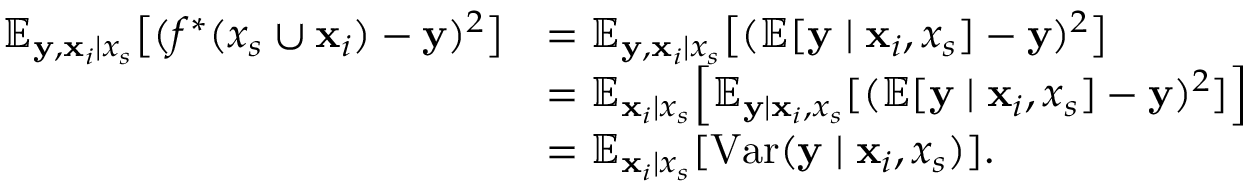
\begin{array} { r l } { \mathbb { E } _ { { \mathbf { y } } , { \mathbf { x } } _ { i } \mid x _ { s } } \big [ ( f ^ { * } ( x _ { s } \cup { \mathbf { x } } _ { i } ) - { \mathbf { y } } ) ^ { 2 } \big ] } & { = \mathbb { E } _ { { \mathbf { y } } , { \mathbf { x } } _ { i } \mid x _ { s } } \big [ ( \mathbb { E } [ { \mathbf { y } } \mid { \mathbf { x } } _ { i } , x _ { s } ] - { \mathbf { y } } ) ^ { 2 } \big ] } \\ & { = \mathbb { E } _ { { \mathbf { x } } _ { i } \mid x _ { s } } \Big [ \mathbb { E } _ { { \mathbf { y } } \mid { \mathbf { x } } _ { i } , x _ { s } } [ ( \mathbb { E } [ { \mathbf { y } } \mid { \mathbf { x } } _ { i } , x _ { s } ] - { \mathbf { y } } ) ^ { 2 } ] \Big ] } \\ & { = \mathbb { E } _ { { \mathbf { x } } _ { i } \mid x _ { s } } [ \mathrm { V a r } ( { \mathbf { y } } \mid { \mathbf { x } } _ { i } , x _ { s } ) ] . } \end{array}